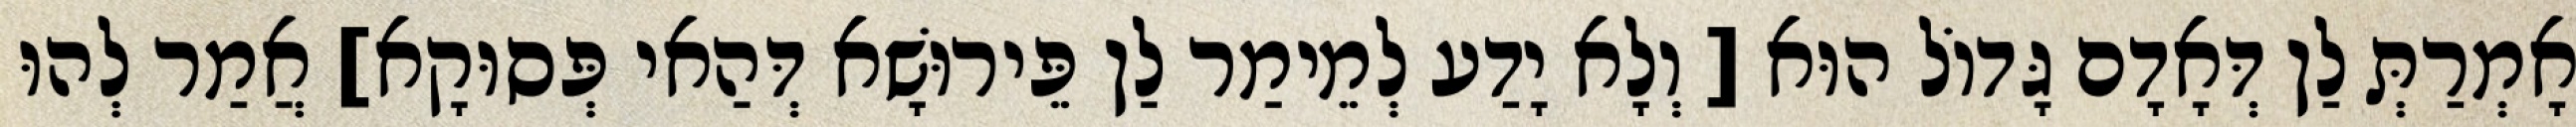
אָמְרַתְּ לַן דְּאָדָם גָּדוֹל הוּא [ וְלָא יָדַע לְמֵימַר לַן פֵּירוּשָׁא דְּהַאי פְּסוּקָא] אֲמַר לְהוּ